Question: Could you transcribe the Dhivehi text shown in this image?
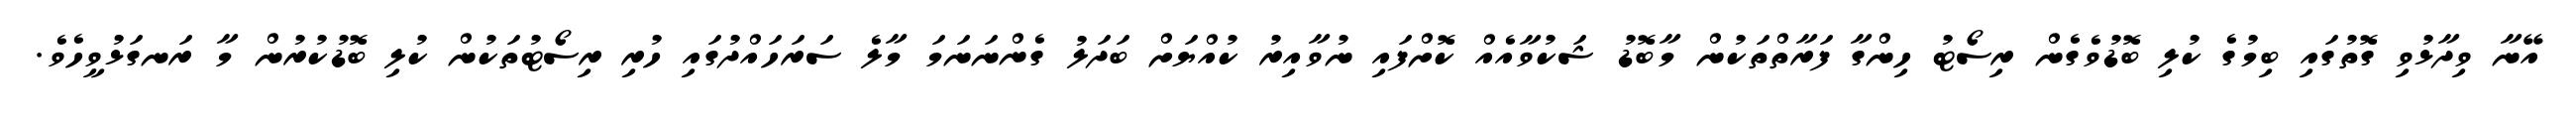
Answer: އޭނާ ވިދާޅުވި ގޮތުގައި ބިމުގެ ކުލި ބޮޑުވެގެން ރިސޯޓު ހިންގާ ފަރާތްތަކުން މާބޮޑު ޝަކުވާއެއް ކޮށްފައި ނުވާއިރު ކުއްޔަށް ބަދަލު ގެންނަނަމަ މާލެ ސަރަހައްދުގައި ހުރި ރިސޯޓުތަކުން ކުލި ބޮޑުކުރުން މާ ރަނގަޅުވީހެވެ.